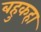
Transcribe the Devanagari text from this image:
बहुकहा